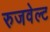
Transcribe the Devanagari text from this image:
रुजवेल्ट